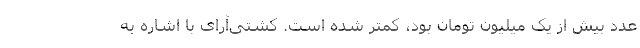
عدد بیش از یک میلیون تومان بود، کمتر شده است. کشتی‌آرای با اشاره به